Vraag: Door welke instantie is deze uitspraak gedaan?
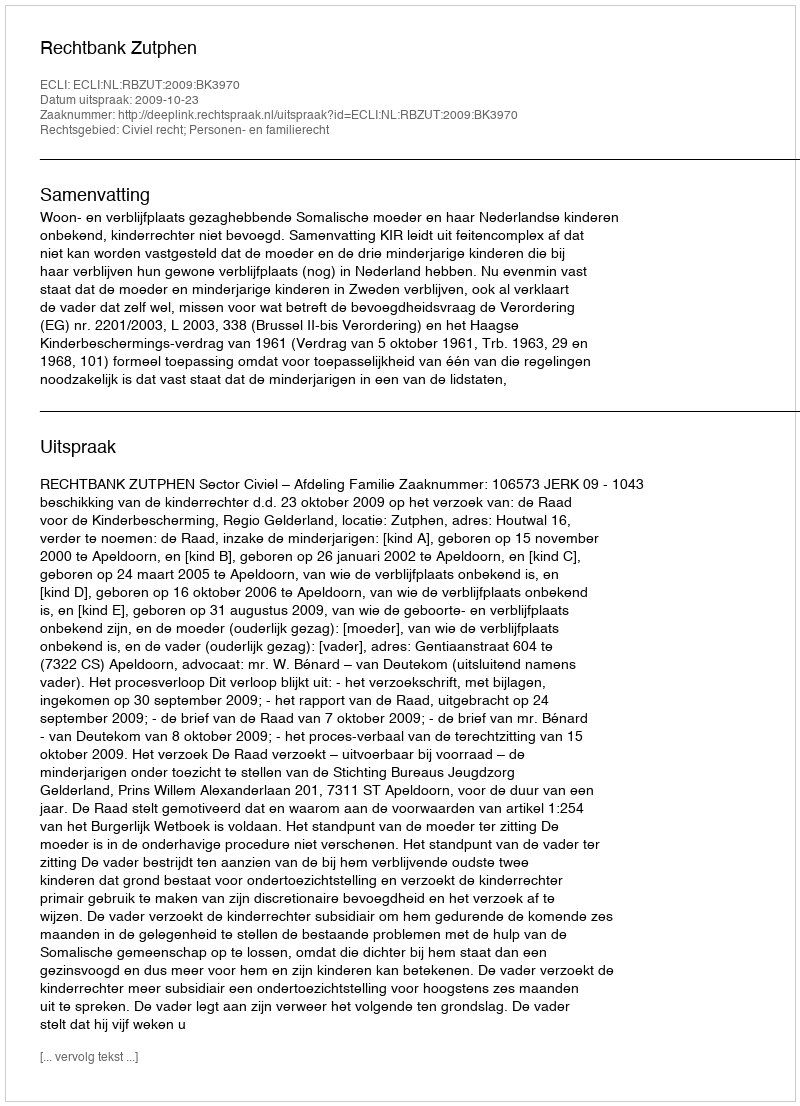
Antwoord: Rechtbank Zutphen